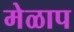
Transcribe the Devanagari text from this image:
मेळाप